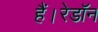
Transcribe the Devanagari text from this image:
हैं।रेडॉन